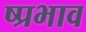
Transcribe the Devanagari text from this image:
ष्प्रभाव